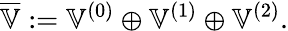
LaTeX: \overline{{\mathbb{V}}}:=\mathbb{V}^{(0)}\oplus\mathbb{V}^{(1)}\oplus\mathbb{V}^{(2)}.